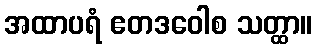
အထာပရံ ဧတဒဝေါစ သတ္ထာ။